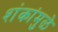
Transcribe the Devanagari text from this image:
शंकांमुळे